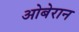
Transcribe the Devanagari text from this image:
ओबेरान